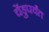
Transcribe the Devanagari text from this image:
चेंडुपर्यंत